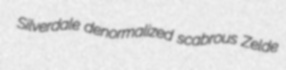
Silverdale denormalized scabrous Zelde